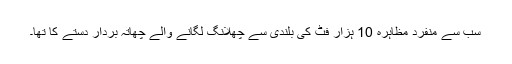
سب سے منفرد مظاہرہ 10 ہزار فٹ کی بلندی سے چھلانگ لگانے والے چھاتہ بردار دستے کا تھا۔